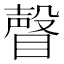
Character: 𥊧